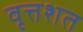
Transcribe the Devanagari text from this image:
वृत्तशत